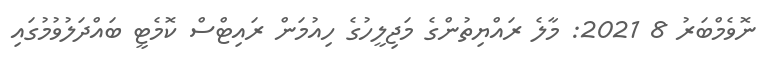
ނޮވެމްބަރު 8 2021: މާލެ ރައްޔިތުންގެ މަޖިލީހުގެ ހިއުމަން ރައިޓްސް ކޮމެޓީ ބައްދަލުވުމުގައި